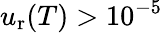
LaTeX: u_{\mathrm{r}}(T)>10^{-5}